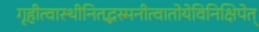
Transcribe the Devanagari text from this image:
गृहीत्वास्थीनितद्भस्मनीत्वातोयेविनिक्षिपेत्